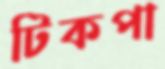
টিকপা